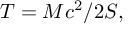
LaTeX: T = M c ^ { 2 } / 2 S ,